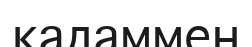
қадаммен